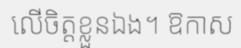
លើចិត្តខ្លួនឯង។ ឱកាស